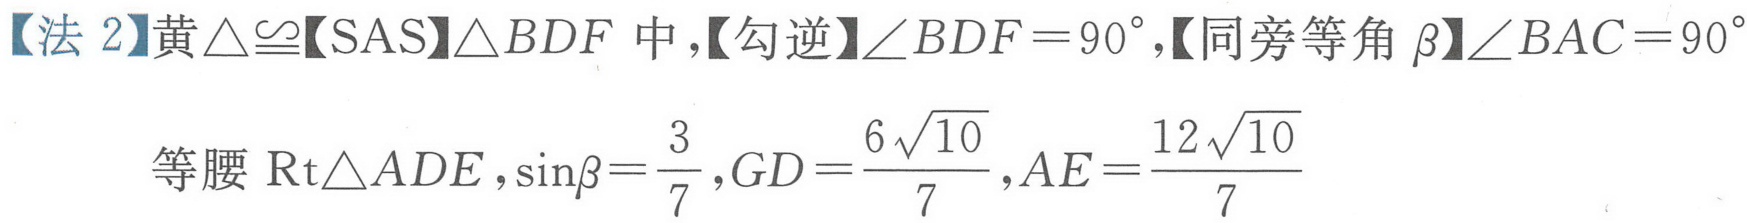
【法 2】黄\(\triangle\cong\)【SAS】\(\triangle BDF\)中,【勾逆】\(\angle BDF = 90^{\circ}\),【同旁等角\(\beta\)】\(\angle BAC = 90^{\circ}\)
等腰\(\text{Rt}\triangle ADE\),\(\sin\beta=\frac{3}{7}\),\(GD = \frac{6\sqrt{10}}{7}\),\(AE=\frac{12\sqrt{10}}{7}\)